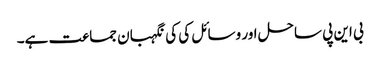
بی این پی ساحل اور وسائل کی کی نگہبان جماعت ہے۔